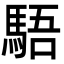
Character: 䮏